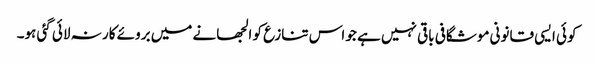
کوئی ایسی قانونی موشگافی باقی نہیں ہے جو اس تنازع کو الجھانے میں بروئے کار نہ لائی گئی ہو۔